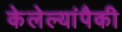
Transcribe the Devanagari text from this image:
केलेल्यांपैकी